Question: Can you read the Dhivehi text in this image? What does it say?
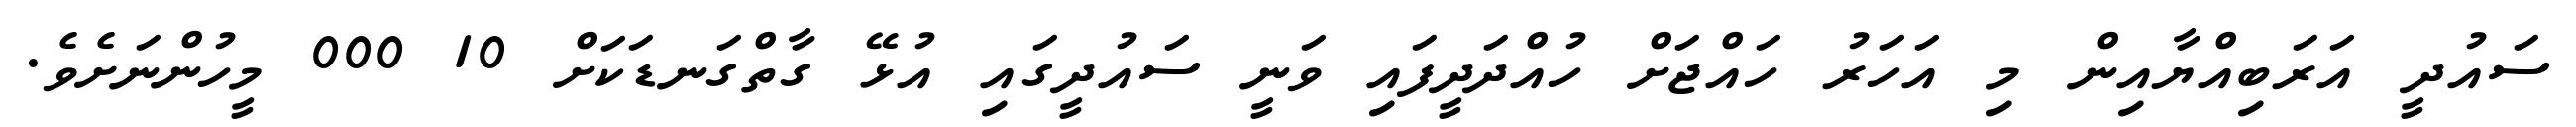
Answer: ސައުދީ އަރަބިއްޔާއިން މި އަހަރު ހައްޖަށް ހުއްދަދީފައި ވަނީ ސައުދީގައި އުޅޭ ގާތްގަނޑަކަށް 10 000 މީހުންނަށެވެ.